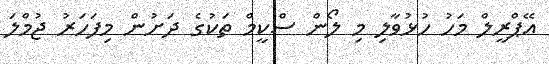
އޭޕްރީލް މަހު ހުޅުވާލި މި ލޯން ސްކީމް ތަކުގެ ދަށުން މިފަހަރު ޖުމްލަ